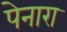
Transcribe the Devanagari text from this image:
पेनारा